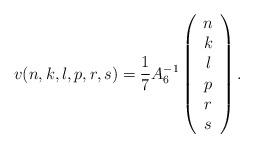
LaTeX: \begin{align*}v(n,k,l,p,r,s)=\frac{1}{7}A_6^{-1}\left(\begin{array}{c}n\\k\\l\\p\\r\\s\end{array}\right).\end{align*}